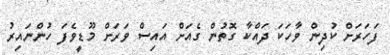
ފަހަރަށް ކުދިން ވާހަކަ ދައްކާ ގޮތުން ގެއަށް އައިސް ވަރަށް މޫޑީވެފަ ހުންނައިރު